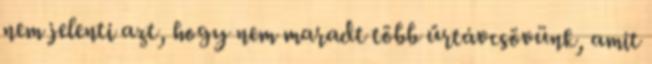
nem jelenti azt, hogy nem maradt több űrtávcsövünk, amit